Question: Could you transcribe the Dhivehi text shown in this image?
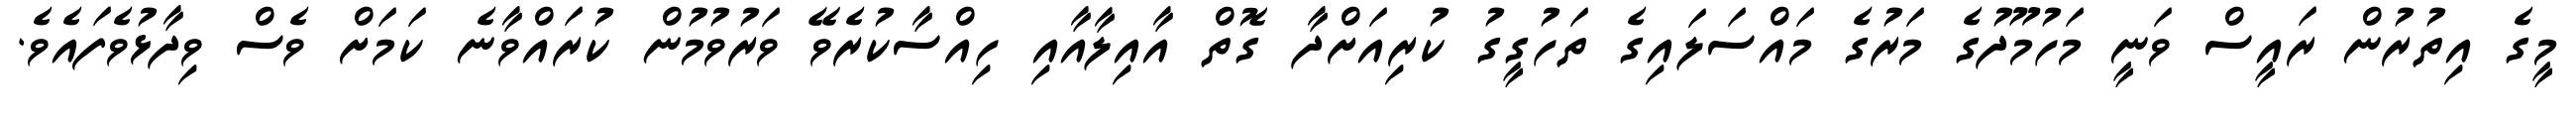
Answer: މީގެ އިތުރުން ރައީސް ވަނީ މަހުމޫދުގެ މަރުގެ މައްސަލައިގެ ތަހުގީގު ކުރިއަށްދާ ގޮތް އާއިލާއާއި ހިއްސާކުރެވޭ ވަރުވުމުން ކުރައްވާނެ ކަމަށް ވެސް ވިދާޅުވެފައެވެ.